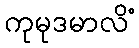
ကုမုဒမာလိံ